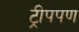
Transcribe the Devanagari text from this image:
ट्रीपपण